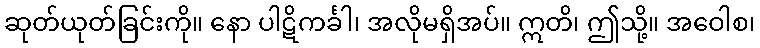
ဆုတ်ယုတ်ခြင်းကို။ နော ပါဋိကင်္ခါ၊ အလိုမရှိအပ်။ ဣတိ၊ ဤသို့။ အဝေါစ၊